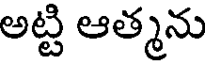
అట్టి ఆత్మను